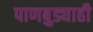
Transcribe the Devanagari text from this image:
पाणबुड्याही